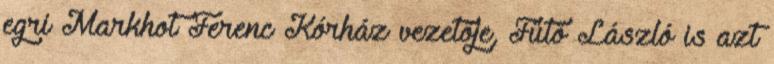
egri Markhot Ferenc Kórház vezetője, Fűtő László is azt